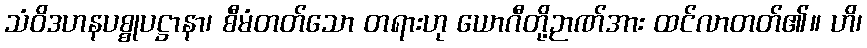
သံဝိဒဟနပစ္စုပဋ္ဌာနာ၊ စီမံတတ်သော တရားဟု ယောဂီတို့ဉာဏ်အား ထင်လာတတ်၏။ ဟိ၊